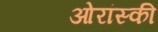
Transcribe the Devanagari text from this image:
ओरांस्की